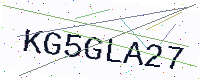
Text: KG5GLA27